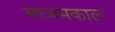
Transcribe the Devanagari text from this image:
मध्यमकाल